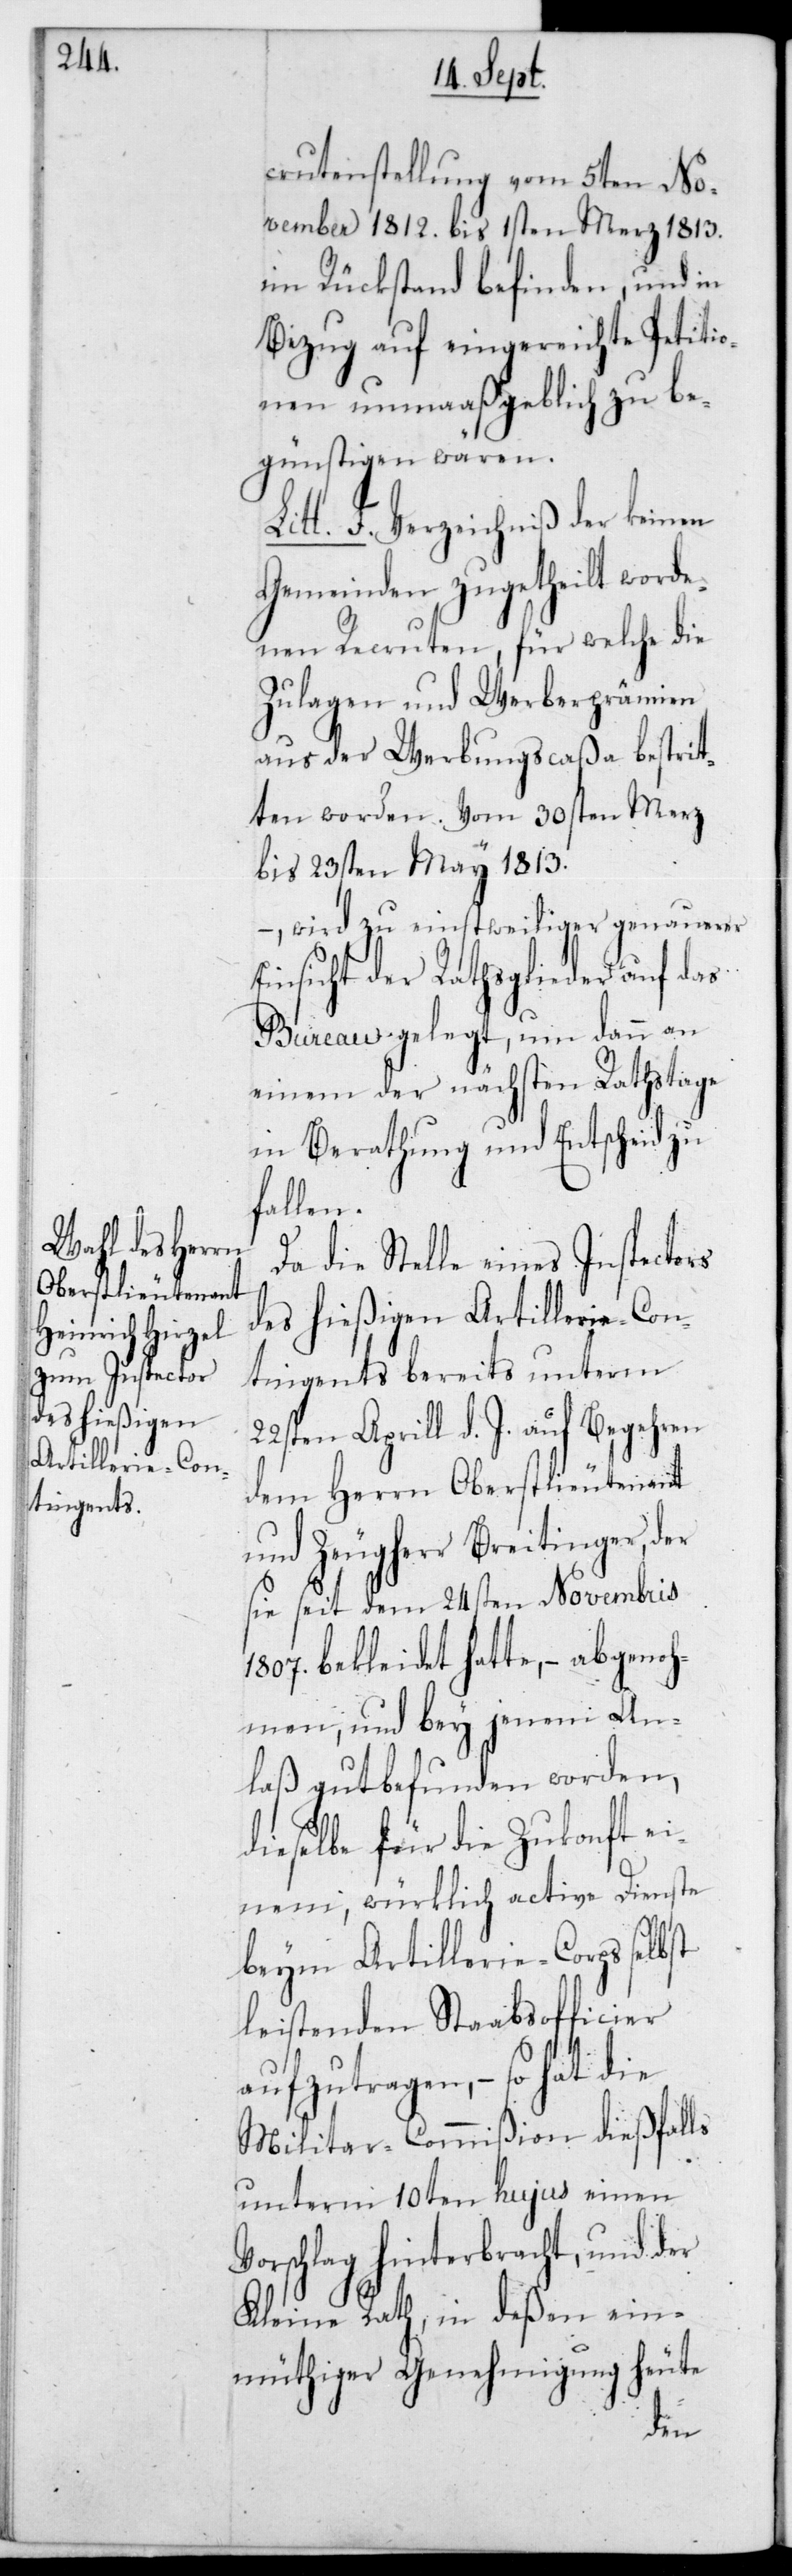
crutenstellung vom 5ten No¬
vember 1812 bis 1sten Merz 1813
im Rückstand befinden, und in
Bezug auf eingereichte Petitio¬
nen unmaaßgeblich zu be¬
günstigen wären.
F. Verzeichniß der keinen
Gemeinden zugetheilt worde¬
nen Recruten, für welche die
Zulagen und Werberprämien
aus der Werbungscaßa bestrit¬
ten worden. Vom 30sten Merz
bis 23sten May 1813
wird zu einstweiliger genauerer
Einsicht der Rathsglieder auf das
Bureau gelegt, um dann an
einem der nächsten Ratstage
in Berathung und Entscheid zu
fallen.
Da die Stelle eines Inspectors
des hießigen Artillerie-Con¬
tingents bereits unterm
22sten Aprill d. J. auf Begehren
dem Herrn Oberstlieutenant
und Zeugherr Breitinger, der
sie seit dem 24sten Novembris
1807 bekleidet hatte, – abgenoh¬
men, und bey jenem An¬
laß gut befunden worden,
dieselbe für die Zukonft ei¬
beym Artillerie-Corps selbst
leistenden Stabsofficier
aufzutragen, – so hat die
Militar-Commißion dießfalls
unterm 10ten hujus einen
Vorschlag hinterbracht, und der
Kleine Rath, in deßen ein¬
müthiger Genehmigung heute
nem,